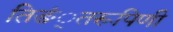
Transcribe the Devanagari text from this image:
तिङं्तरूपिणी